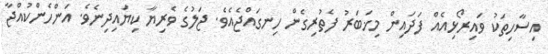
އިސާހިތަކު ވައިރޯޅިއެއް ފަދައިން މިޚަބަރު ފެތުރިގެން ހިނގައްޖެއެވެ. ޖަލުގެ ވެރިޔާ ކިޔައިދިނެވެ. އަންހެންކުއްޖާ